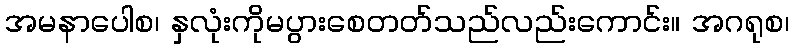
အမနာပေါစ၊ နှလုံးကိုမပွားစေတတ်သည်လည်းကောင်း။ အဂရုစ၊